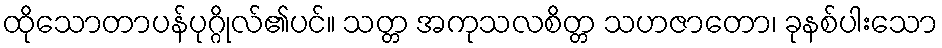
ထိုသောတာပန်ပုဂ္ဂိုလ်၏ပင်။ သတ္တ အကုသလစိတ္တ သဟဇာတော၊ ခုနစ်ပါးသော